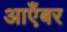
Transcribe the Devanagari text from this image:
आएँबर